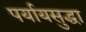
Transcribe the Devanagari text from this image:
पर्यायसुद्धा